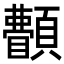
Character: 𩕫